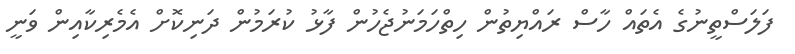
ފަލަސްތީނުގެ އެތައް ހާސް ރައްޔިތުން ހިތްހަމަނުޖެހުން ފާޅު ކުރަމުން ދަނިކޮށް އެމެރިކާއިން ވަނީ